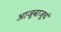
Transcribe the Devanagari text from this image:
आजूबाजूचं